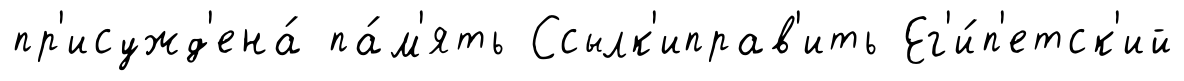
пр'исужд'ена́ па́м'ять Ссылк'иправ'ить Ег'и́п'етск'ий